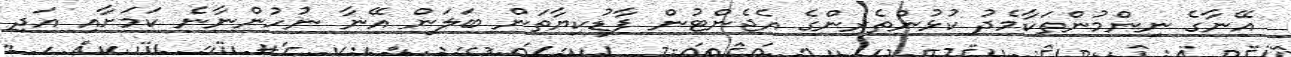
އޭނާގެ ނިންމުންތަކާމެދު ކުޅުންތެރިންގެ އެޖެންޓުން ފާޑުކިޔާތަން ބަލަން އޭނާ ނުހުންނާނެ ކަމަށާއި އަދި